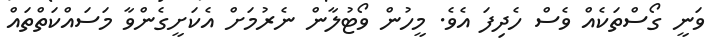
ވަނީ ގޯސްތަކެއް ވެސް ހެދިފަ އެވެ. މީހުން ވޯޓުލާން ނެރުމަށް އެކަށީގެންވާ މަސައްކަތްތައް